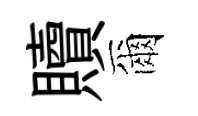
贖爾